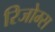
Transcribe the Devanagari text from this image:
रिजोम्‍स